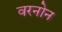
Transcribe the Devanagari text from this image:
वरनोन